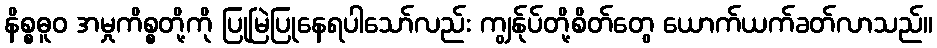
နိစ္စဓူဝ အမှုကိစ္စတို့ကို ပြုမြဲပြုနေရပါသော်လည်း ကျွန်ုပ်တို့စိတ်တွေ ယောက်ယက်ခတ်လာသည်။